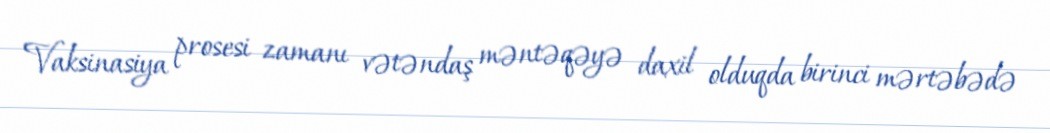
Vaksinasiya prosesi zamanı vətəndaş məntəqəyə daxil olduqda birinci mərtəbədə